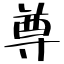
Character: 尊